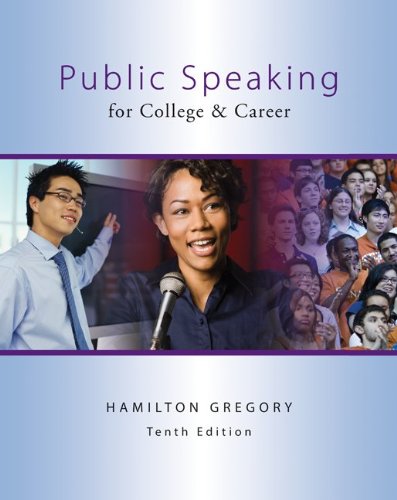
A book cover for Public Speaking for College & Career, 10th Edition; Hamilton Gregory; Reference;